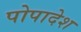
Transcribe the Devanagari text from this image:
पोपादेश